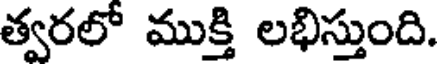
త్వరలో ముక్తి లభిస్తుంది.